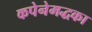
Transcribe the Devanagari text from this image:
कपेनेमद्धका